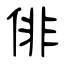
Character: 俳